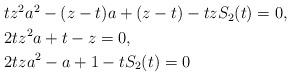
LaTeX: \begin{align*}\begin{aligned}&tz^2a^2-(z-t)a+(z-t)-tzS_2(t)=0,\\&2tz^2a+t-z=0,\\&2tza^2-a+1-tS_2(t)=0\end{aligned}\end{align*}